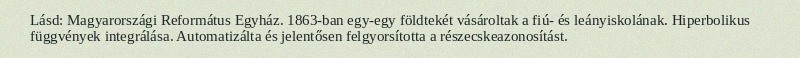
Lásd: Magyarországi Református Egyház. 1863-ban egy-egy földtekét vásároltak a fiú- és leányiskolának. Hiperbolikus függvények integrálása. Automatizálta és jelentősen felgyorsította a részecskeazonosítást.